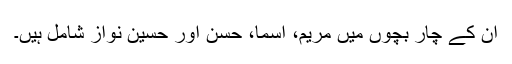
ان کے چار بچوں میں مریم، اسما، حسن اور حسین نواز شامل ہیں۔